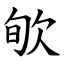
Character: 㰬